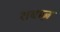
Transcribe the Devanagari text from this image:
शबाज़